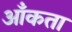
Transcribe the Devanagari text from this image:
आँकता